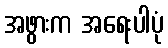
အဖွားက အရေးပါပုံ